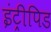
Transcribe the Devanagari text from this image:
इंट्रीपिड